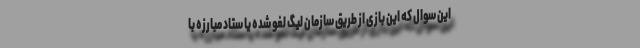
این سوال که این بازی از طریق سازمان لیگ لغو شده یا ستاد مبارزه با